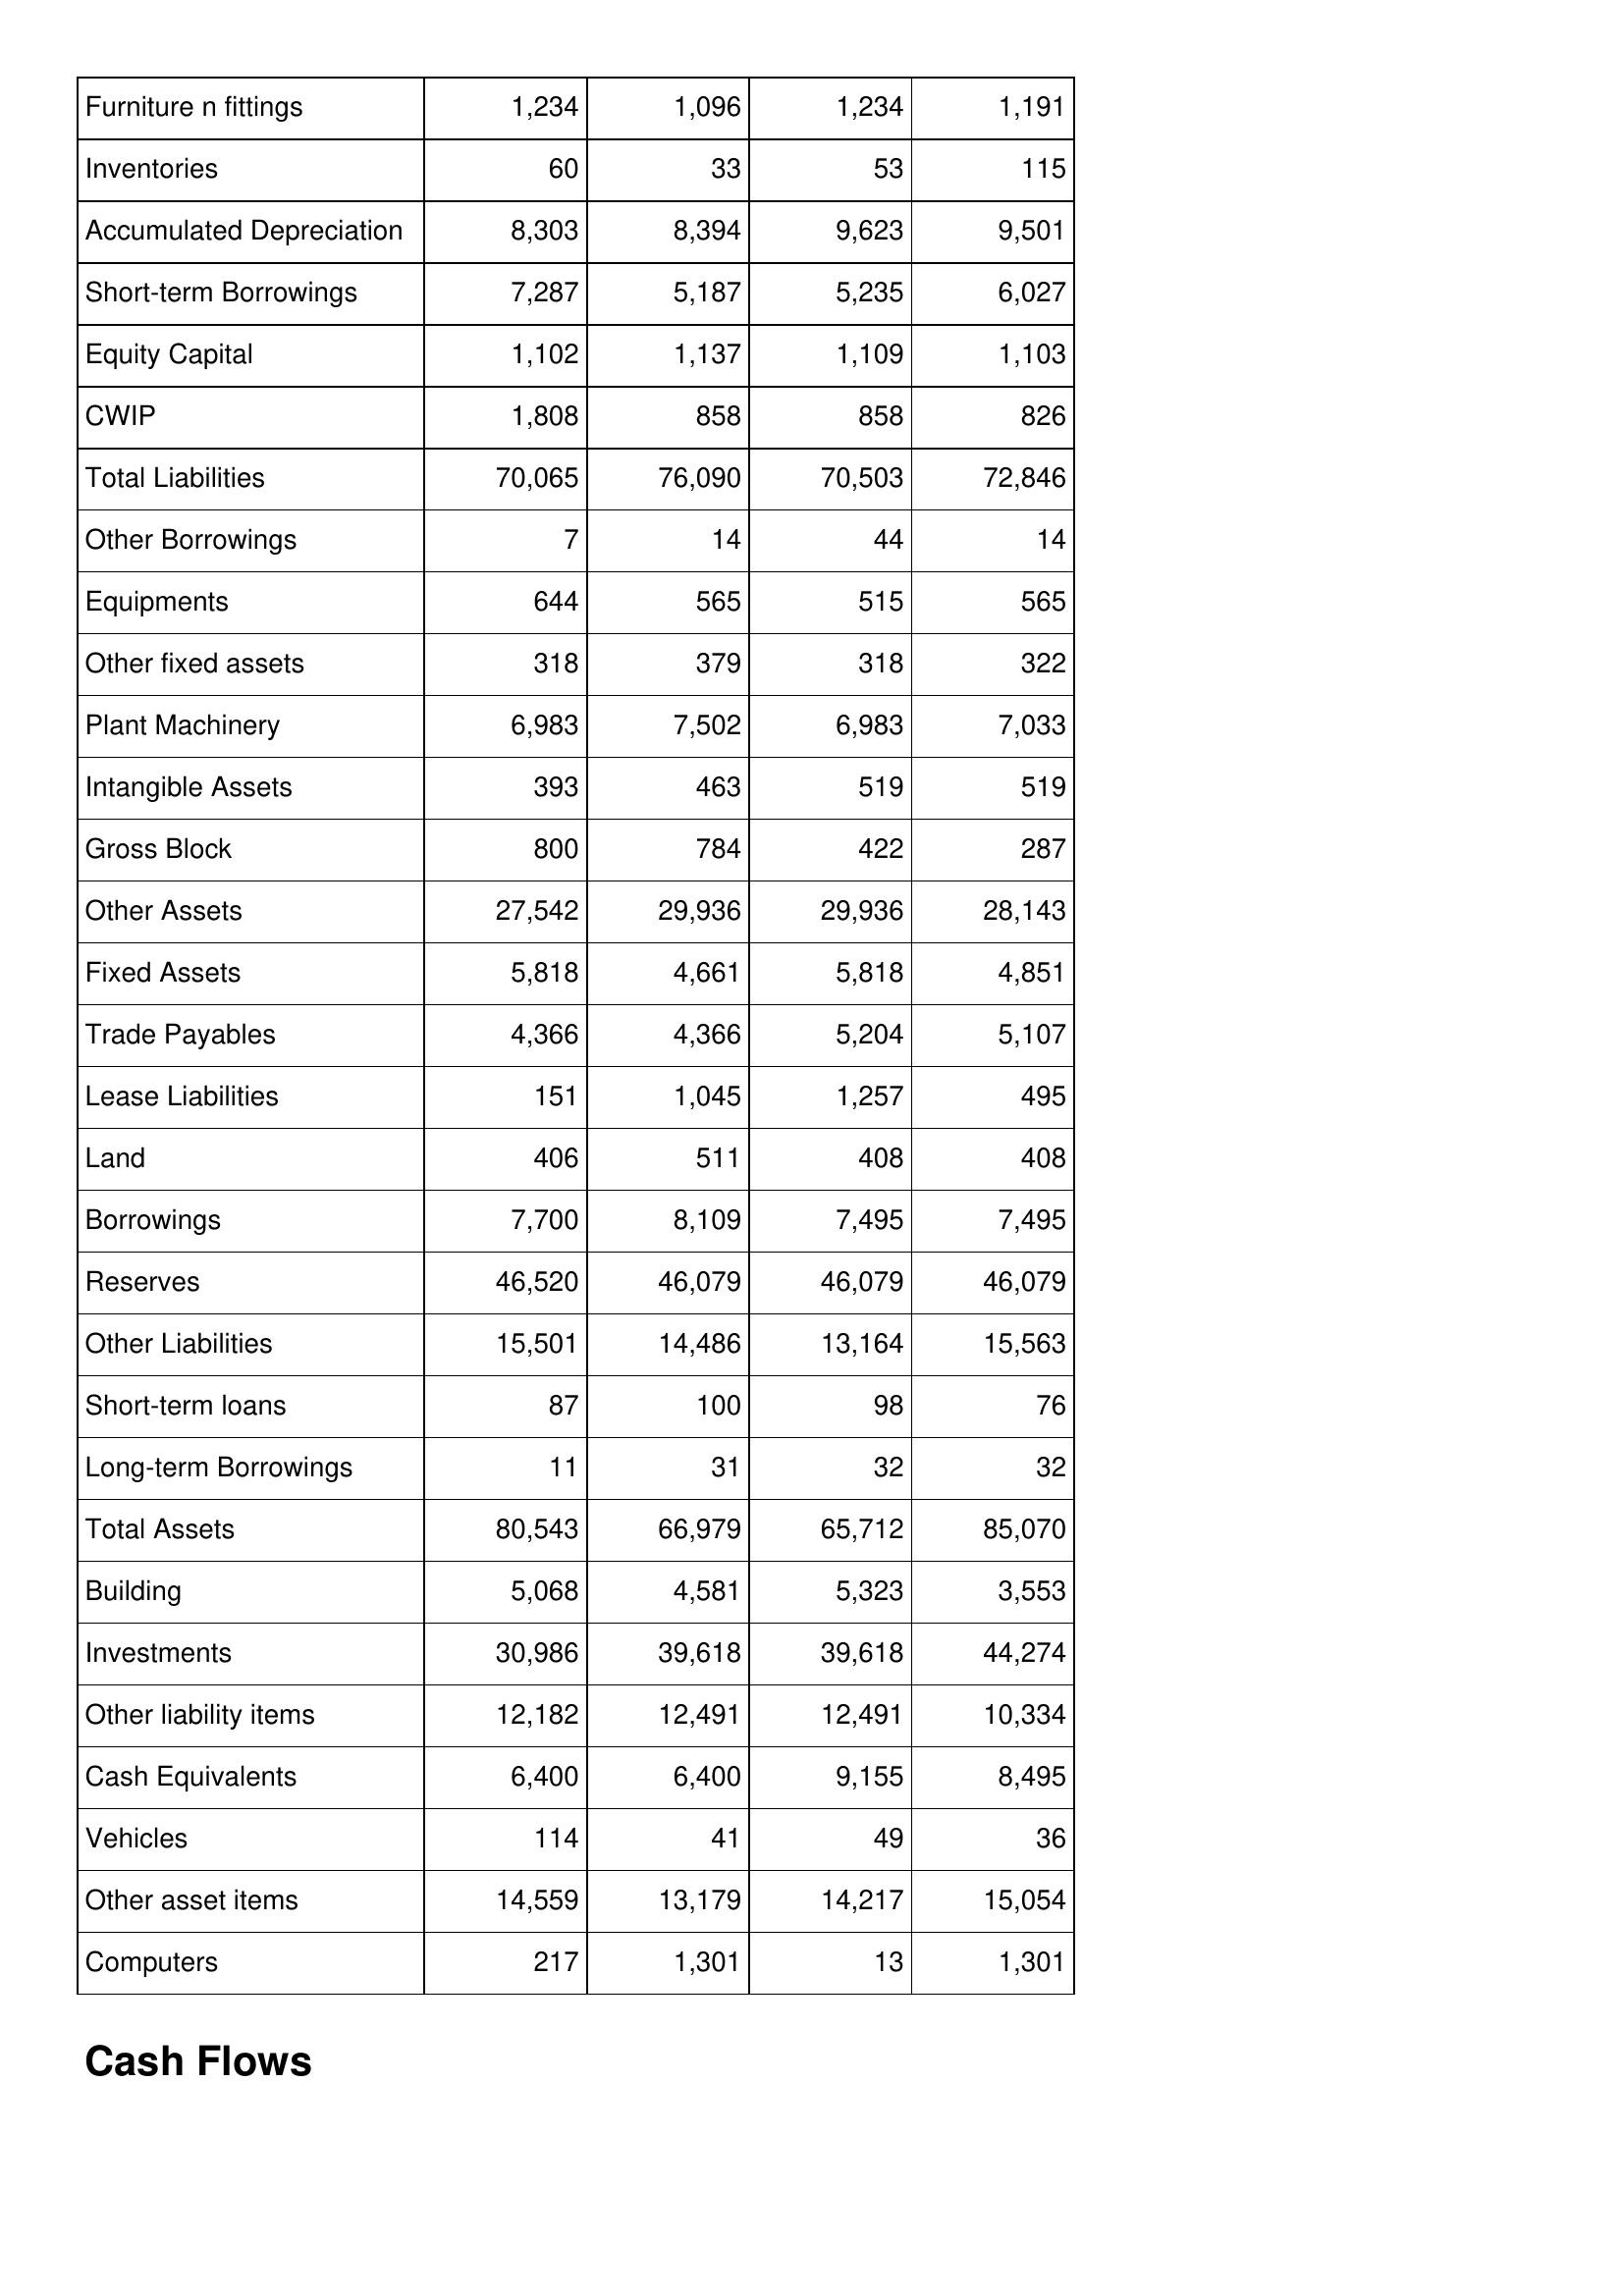
Mar-14: Balance Sheet: Furniture n fittings: 1,234
Inventories: 60
Accumulated Depreciation: 8,303
Short-term Borrowings: 7,287
Equity Capital: 1,102
CWIP: 1,808
Total Liabilities: 70,065
Other Borrowings: 7
Equipments: 644
Other fixed assets: 318
Plant Machinery: 6,983
Intangible Assets: 393
Gross Block: 800
Other Assets: 27,542
Fixed Assets: 5,818
Trade Payables: 4,366
Lease Liabilities: 151
Land: 406
Borrowings: 7,700
Reserves: 46,520
Other Liabilities: 15,501
Short-term loans: 87
Long-term Borrowings: 11
Total Assets: 80,543
Building: 5,068
Investments: 30,986
Other liability items: 12,182
Cash Equivalents: 6,400
Vehicles: 114
Other asset items: 14,559
Computers: 217
Mar-13: Balance Sheet: Furniture n fittings: 1,096
Inventories: 33
Accumulated Depreciation: 8,394
Short-term Borrowings: 5,187
Equity Capital: 1,137
CWIP: 858
Total Liabilities: 76,090
Other Borrowings: 14
Equipments: 565
Other fixed assets: 379
Plant Machinery: 7,502
Intangible Assets: 463
Gross Block: 784
Other Assets: 29,936
Fixed Assets: 4,661
Trade Payables: 4,366
Lease Liabilities: 1,045
Land: 511
Borrowings: 8,109
Reserves: 46,079
Other Liabilities: 14,486
Short-term loans: 100
Long-term Borrowings: 31
Total Assets: 66,979
Building: 4,581
Investments: 39,618
Other liability items: 12,491
Cash Equivalents: 6,400
Vehicles: 41
Other asset items: 13,179
Computers: 1,301
Mar-12: Balance Sheet: Furniture n fittings: 1,234
Inventories: 53
Accumulated Depreciation: 9,623
Short-term Borrowings: 5,235
Equity Capital: 1,109
CWIP: 858
Total Liabilities: 70,503
Other Borrowings: 44
Equipments: 515
Other fixed assets: 318
Plant Machinery: 6,983
Intangible Assets: 519
Gross Block: 422
Other Assets: 29,936
Fixed Assets: 5,818
Trade Payables: 5,204
Lease Liabilities: 1,257
Land: 408
Borrowings: 7,495
Reserves: 46,079
Other Liabilities: 13,164
Short-term loans: 98
Long-term Borrowings: 32
Total Assets: 65,712
Building: 5,323
Investments: 39,618
Other liability items: 12,491
Cash Equivalents: 9,155
Vehicles: 49
Other asset items: 14,217
Computers: 13
Mar-11: Balance Sheet: Furniture n fittings: 1,191
Inventories: 115
Accumulated Depreciation: 9,501
Short-term Borrowings: 6,027
Equity Capital: 1,103
CWIP: 826
Total Liabilities: 72,846
Other Borrowings: 14
Equipments: 565
Other fixed assets: 322
Plant Machinery: 7,033
Intangible Assets: 519
Gross Block: 287
Other Assets: 28,143
Fixed Assets: 4,851
Trade Payables: 5,107
Lease Liabilities: 495
Land: 408
Borrowings: 7,495
Reserves: 46,079
Other Liabilities: 15,563
Short-term loans: 76
Long-term Borrowings: 32
Total Assets: 85,070
Building: 3,553
Investments: 44,274
Other liability items: 10,334
Cash Equivalents: 8,495
Vehicles: 36
Other asset items: 15,054
Computers: 1,301